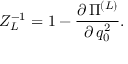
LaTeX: Z _ { L } ^ { - 1 } = 1 - \frac { \partial \, \Pi ^ { ( L ) } } { \partial \, q _ { 0 } ^ { 2 } } .